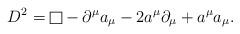
LaTeX: \begin{align*}D^2 = {\vcenter{\vbox{\hrule height.4pt\hbox{\vrule width.4ptheight8pt\kern8pt\vrule width.4pt}\hrule height.4pt}}} - \partial^\mu a_\mu -2a^\mu\partial_\mu + a^\mu a_\mu.\end{align*}